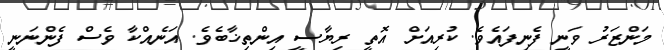
މަންޒަރު ވަނީ ފެނިފައެވެ. ކުރިއަށް އޮތީ ރިޔާސީ އިންތިޚާބެވެ. އަނެއްކާ ވެސް ފެންނަނީ